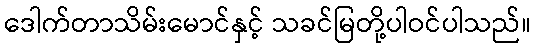
ဒေါက်တာသိမ်းမောင်နှင့် သခင်မြတို့ပါဝင်ပါသည်။